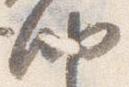
納